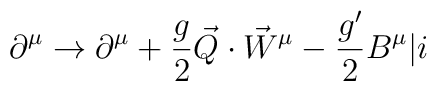
\partial^{\mu} \rightarrow \partial^{\mu} + \frac{g}{2} \vec{Q} \cdot{\vec{W}}^{\mu} - \frac{g'}{2} B^{\mu} \vert i